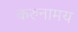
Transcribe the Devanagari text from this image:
करुनामय